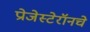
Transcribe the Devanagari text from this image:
प्रोजेस्टेरॉनचे